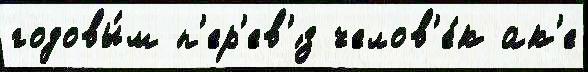
годовы́м п'ер'ев'́з челов'е́к ак'е